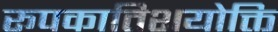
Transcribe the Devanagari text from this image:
रूपकातिशयोक्ति